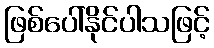
ဖြစ်ပေါ်နိုင်ပါသဖြင့်